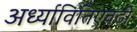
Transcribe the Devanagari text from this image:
अर्ध्यावितिएवढी